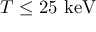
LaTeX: T \leq 2 5 { \mathrm { ~ k e V } }